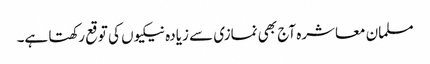
مسلمان معاشرہ آج بھی نمازی سے زیادہ نیکیوں کی توقع رکھتا ہے۔